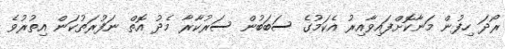
ރޯދަ ހިފުން މަނާކޮށްފައިވާއިރު އެކަމުގެ ސަބަބުން ސަރުކާރާ މެދު އޮތް ނަފުރަތުކަން އިތުރުވެ